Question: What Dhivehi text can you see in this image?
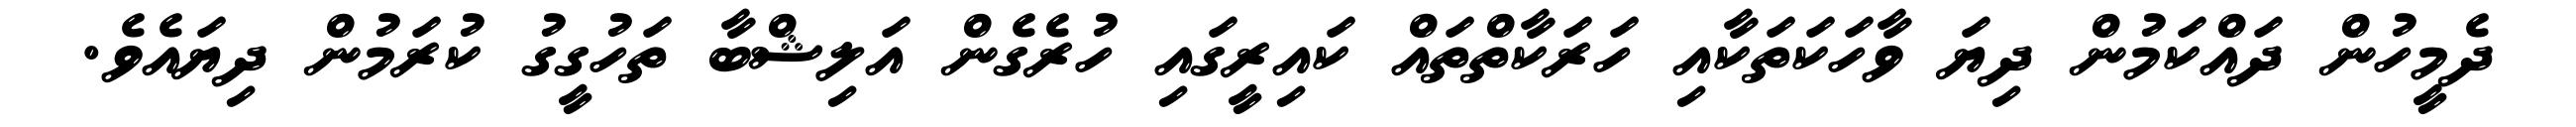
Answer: ދެމީހުން ދައްކަމުން ދިޔަ ވާހަކަތަކާއި ހަރަކާތްތައް ކައިރީގައި ހުރެގެން އަލިޝްބާ ތަހުގީގު ކުރަމުން ދިޔައެވެ.